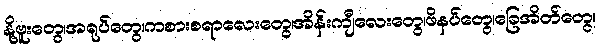
နို့ဗူးတွေ၊အရုပ်တွေ၊ကစားစရာလေးတွေ၊အိန်းကျီလေးတွေ၊ဖိနပ်တွေ၊ခြေအိတ်တွေ၊